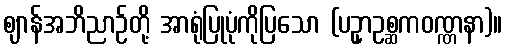
ဈာန်အဘိညာဉ်တို့ အာရုံပြုပုံကိုပြသော (ပဥှာဥစ္ဆကဝဏ္ဏနာ)။